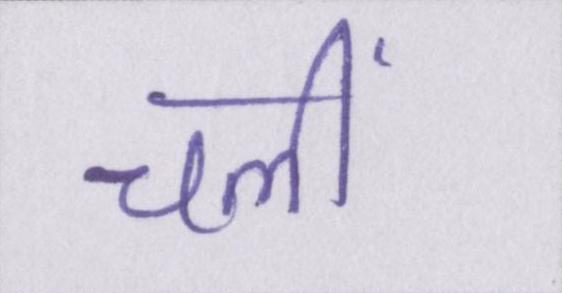
चलीं